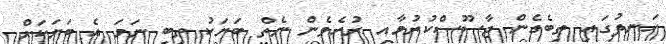
ހަނދުގައި ތިބެގެން ޖާސޫސްކުރުމާއި ރުހެވެން ނެތް ބަޔަކު ތިބި ނަމަ އެ ބަޔަކަށް